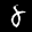
Label: 8